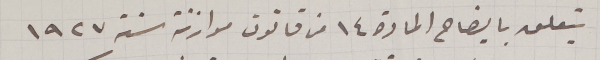
يتعلق بايضاح المادة ١٤ من قانون موازنة سنة ١٩٢٧